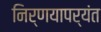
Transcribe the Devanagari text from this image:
निर्णयापर्यंत